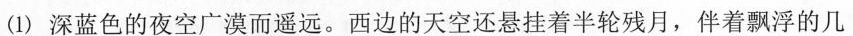
(1)深蓝色的夜空广漠而遥远。西边的天空还悬挂着半轮残月，伴着飘浮的几